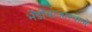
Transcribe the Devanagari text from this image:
भेंडीबाजारवालें